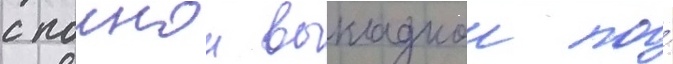
с полнои выкладкои по́